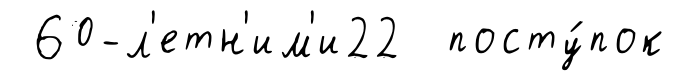
60-л'етн'им'и22 посту́пок